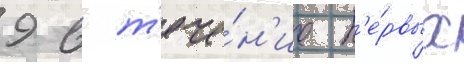
9 в т'ече́н'ие п'е́рвых